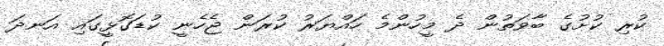
ކުރި ކުށުގެ ބާވަތުން ދެ މީހުންމެ ހައްޔަރު ކުރަން ޖެހެނީ ކުޑަގޮޅީގައި އަނދަ